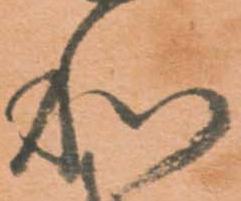
和